system: You are a helpful assistant.
user:
Analyze the provided spectrum to determine if it is a **"Cataclysmic Variables (CV)"**.

- **Key Indicators for CV (Check for either state):**
    - **State 1: Quiescent / Low-State (Emission-Dominated)**
        - **(Primary):** Strong and *very broad* Hydrogen Balmer emission lines (e.g., $H\alpha$ at 6563 Å, $H\beta$ at 4861 Å). The 'broadness' (high velocity dispersion, often FWHM > 1000 km/s) is the key diagnostic, indicating a high-velocity accretion disk.
        - **(Secondary):** Broad neutral Helium (He I) emission lines (e.g., 5876 Å, 6678 Å).
        - **(Key Confirmation):** Presence of high-excitation *ionized* Helium (He II) emission at 4686 Å. This is a strong indicator of accretion onto a white dwarf.
        - **(Line Profile):** Emission lines may exhibit a 'double-peaked' profile, which is a classic signature of a rotating accretion disk viewed at high inclination.

    - **State 2: Outburst / High-State (Absorption-Dominated)**
        - **(Primary):** Spectrum is dominated by a bright, blue continuum (looks like a hot star).
        - **(Secondary):** The emission lines from State 1 are weak, absent, or 'filled in', and are replaced by broad, shallow *absorption* lines (primarily Balmer and He I).
        - **(Morphology):** The overall spectrum mimics a hot B/A-type star. The crucial difference is that the absorption lines are significantly broader, shallower, and more 'washed-out' (or 'smeared') than the sharp lines of a normal stellar photosphere, due to high rotational speeds and pressure broadening in the disk.

Think first, call **spectral_visualization_tool** if needed to examine features in detail, then provide your final answer. Your response must adhere to the following strict rules:
1.  **Overall Structure:** Your response must follow the format `<think>...</think> <tool_call>...</tool_call> (if a tool is used) <answer>...</answer>`.
2.  **Tool Usage Constraint:** You may only make **one** tool call per turn.
3.  **Final Answer Format:** In the `<answer>` tag, your conclusion must be inside a `\boxed{}` command (e.g., `\boxed{YES}`), followed by your justification.

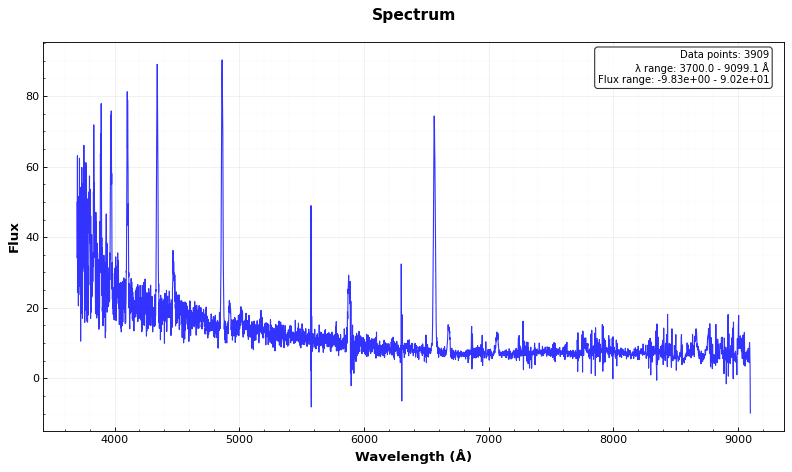
Answer: YES